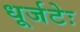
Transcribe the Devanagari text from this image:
धूर्जटेः